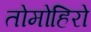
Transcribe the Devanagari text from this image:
तोमोहिरो